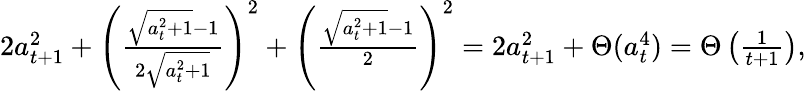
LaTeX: \begin{array}{r}{\textstyle 2a_{t+1}^{2}+\left(\frac{\sqrt{a_{t}^{2}+1}-1}{2\sqrt{a_{t}^{2}+1}}\right)^{2}+\left(\frac{\sqrt{a_{t}^{2}+1}-1}{2}\right)^{2}=2a_{t+1}^{2}+\Theta(a_{t}^{4})=\Theta\left(\frac{1}{{t+1}}\right),}\end{array}